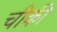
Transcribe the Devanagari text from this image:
चीकी